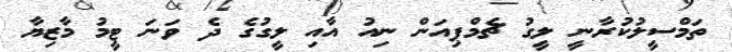
ތަމްސީލުކުރާނީ ލީގު ޗެމްޕިއަން ނިއު އާއި ލީގުގެ ދެ ވަނަ ޓީމު މާޒިޔާ